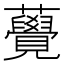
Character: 𧅫